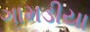
ગામડીયા